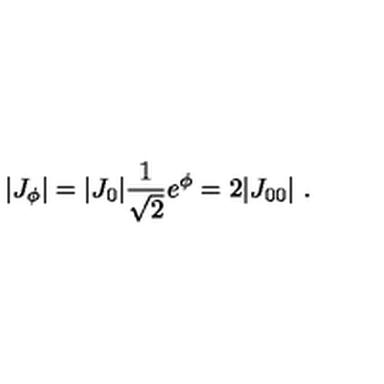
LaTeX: | J _ { \phi } | = | J _ { 0 } | { \frac { 1 } { \sqrt 2 } } e ^ { \phi } = 2 | J _ { 0 0 } | \ .